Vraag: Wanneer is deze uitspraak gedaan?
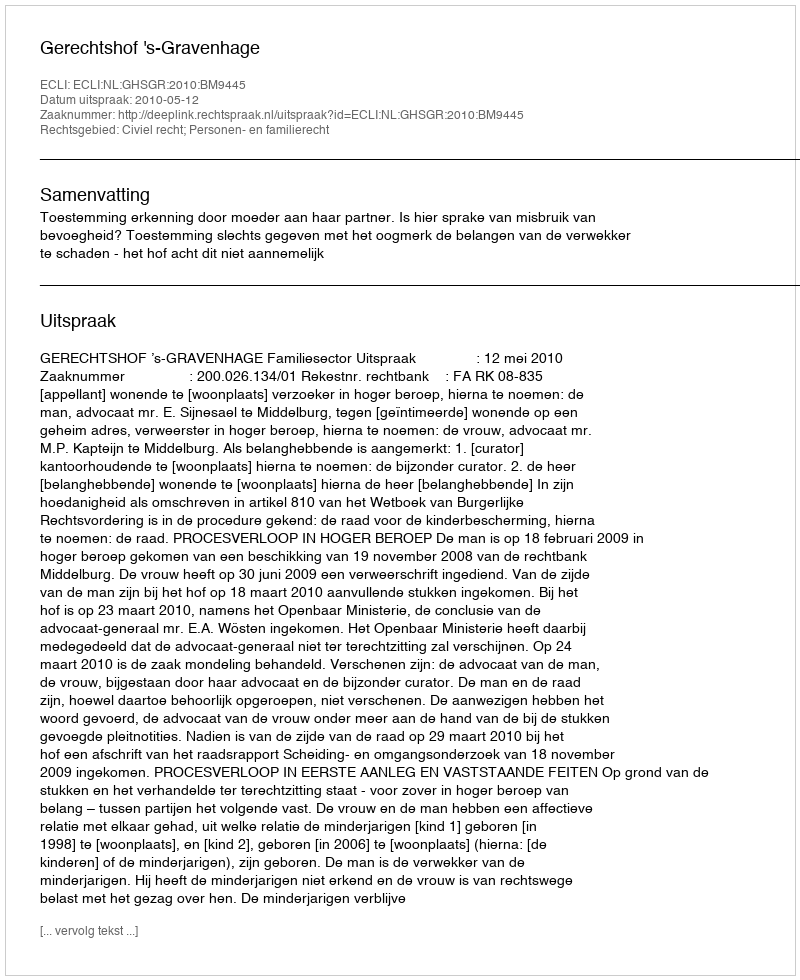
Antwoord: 2010-05-12